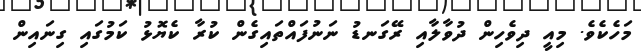
މަހެކެވެ. މިއީ ދިވެހިން ދުވާލާއި ރޭގަނޑު ނަނުފައްތައިގެން ކުރާ ކެޔޮޅު ކަމުގައި ގިނައިން